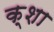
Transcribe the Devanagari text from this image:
क्शा